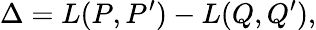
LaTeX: \Delta=L(P,P^{\prime})-L(Q,Q^{\prime}),